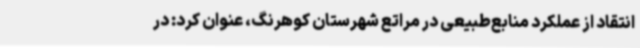
انتقاد از عملکرد منابع‌طبیعی در مراتع شهرستان کوهرنگ، عنوان کرد: در